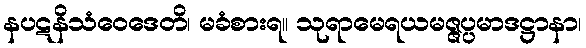
နပဋနိသံဝေဒေတိ၊ မခံစားရ။ သုရာမေရယမဇ္ဇပ္ပမာဒဋ္ဌာနာ၊